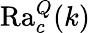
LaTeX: \mathrm{Ra}_{c}^{Q}(k)